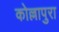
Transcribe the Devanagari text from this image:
कोल्लापुरा